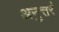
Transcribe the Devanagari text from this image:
अनुत्तरं